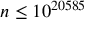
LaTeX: n \leq 1 0 ^ { 2 0 5 8 5 }